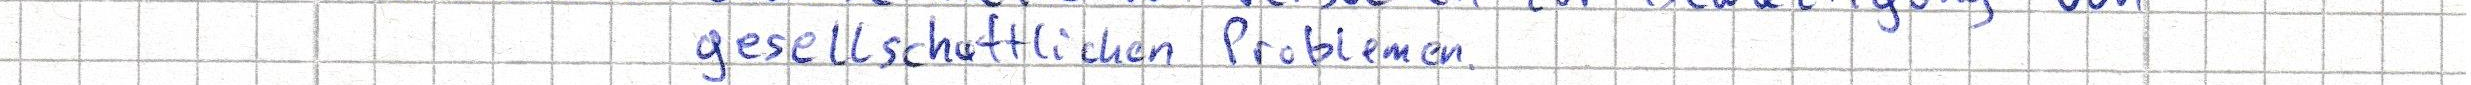
gesellschaftlichen Problemen